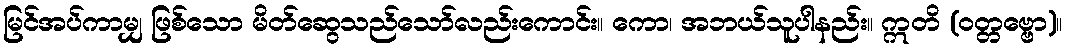
မြင်အပ်ကာမျှ ဖြစ်သော မိတ်ဆွေသည်သော်လည်းကောင်း။ ကော၊ အဘယ်သူပါနည်း။ ဣတိ (ဝတ္တဗ္ဗော)။